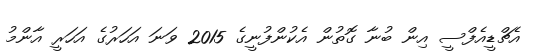
އެޗްޑީއެފްސީ އިން ބުނާ ގޮތުން އެކުންފުނީގެ 2015 ވަނަ އަހަރުގެ އަހަރީ އާންމު